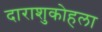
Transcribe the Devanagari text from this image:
दाराशुकोहला